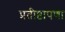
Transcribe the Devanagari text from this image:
प्रतीष्ठापणा